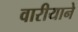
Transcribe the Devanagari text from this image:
वारीयाने